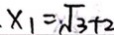
x _ { 1 } = \sqrt { 3 } + 2